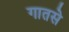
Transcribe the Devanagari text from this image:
गातसे